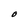
Character: O